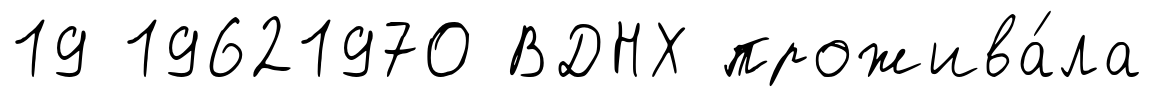
19 19621970 ВДНХ прожива́ла